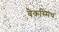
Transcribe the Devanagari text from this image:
बैकस्मिथ